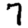
Digit: 7